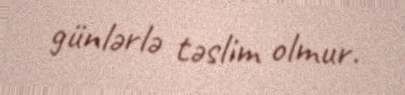
günlərlə təslim olmur.